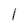
Character: l